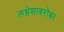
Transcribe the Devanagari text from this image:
लग्नेशाबरोबर